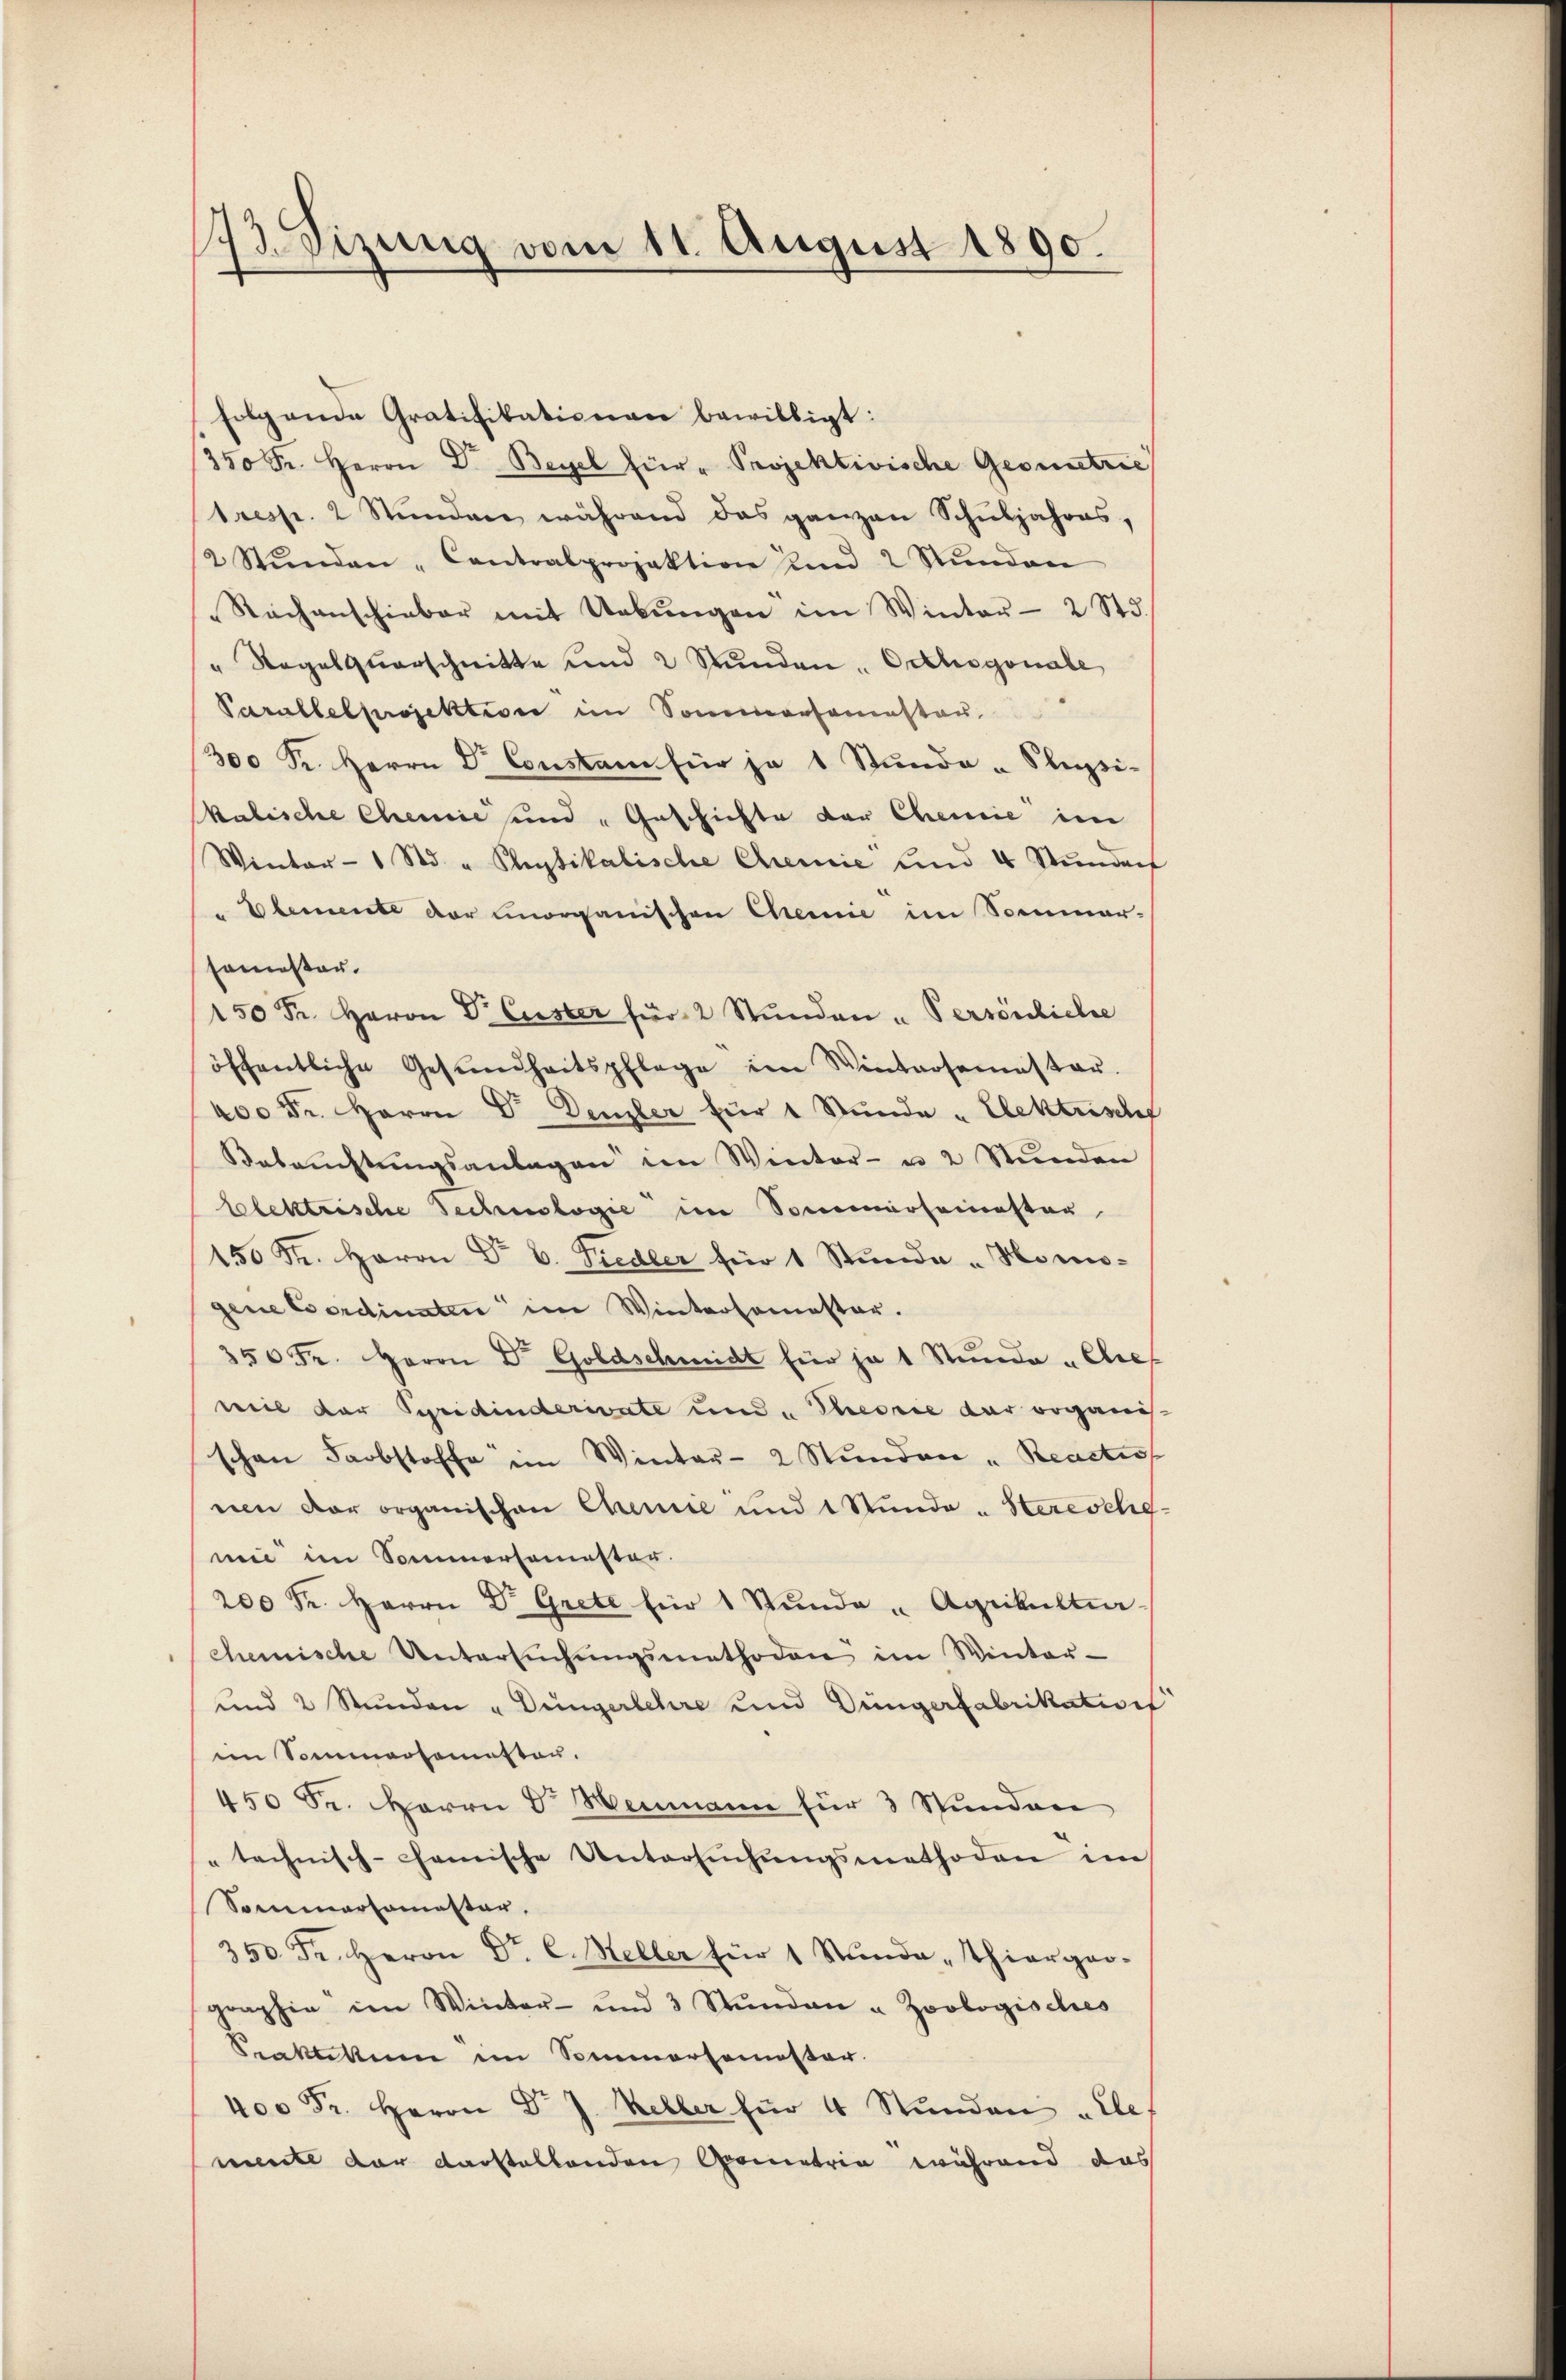
.
173. Sizung vom 11. August 1890.

folgende Gratifikationen bewilligt:
350 Fr. Herrn Dr. Bezel für " Projektivische Geometrie
tresp. 2 Stŭnden, während das ganzen Schŭljahres,
2 Stŭnden-Contralprojektion und 2 Stŭnden
Rachenschieber mit Uebŭngen im Winter 2 Std.
" Rogalquarschnitte und 2 Stŭnden, Orthogonale
Parallelprojektion im Sommersemester
300 Fr. Herrn Dr. Constam für je 1 Stunde -Plupi-
kalische Chemie und Geschichte der Chemie im
Winter- 1 Std. " Physikalische Chemie und 4 Stŭnden
Elemente der unorganischen Chemie im Sommer-
somester.
150 Fr. Herrn Dr. Custer für 2 Stŭnden - Persönliche
öffentliche Gesŭndheitspflege im Wintersemester.
400 Fr. Herrn Dr. Denzler für 1 Stunde Elektrisch
Beleŭchtŭngsanlagen im Winter- u. 2 Stŭnden
Elektrische Technologie im Sommerseienstar
150 Fr. Herrn Dr E. Fiedler für 1 Stunde „Homo-
gene Coordinaten im Wintersamester.
350 Fr. Herrn Dr. Goldschmidt für je 1 Stunde „Chies
weil der Syridinderivate und „Theorie der organis-
schen Farbstoffe im Winter- 2 Stunden „Reactis
nen der organischen Chemie und 1 Stunde - Steresche-
mie im Sommersamester.
200 Fr. Herrn Dr. Grete für 1 Stunde Agrikultur-
chemische Untersŭchŭngsmethoden im Winter-
und 2 Stunden „ Düngerlehre und Düngerfabrikation
im Sommersemesten.
450 Sr. Herrn V. Heimann für 3 Stŭnden
" technisch-chanische Untersŭchŭngsmethoden im
Sommaromester,
350 Fr. Herrn Dr. C. Meller für 1 Stŭnde Thierger-
graphie im Winter- und 3 Stŭnden u Zoologisches
Seaktikum im Sommersemester.
400 Fr. Herrn Dr J. Keller für 4 Stŭnden alles
mente der darstellenden Cometrie während das